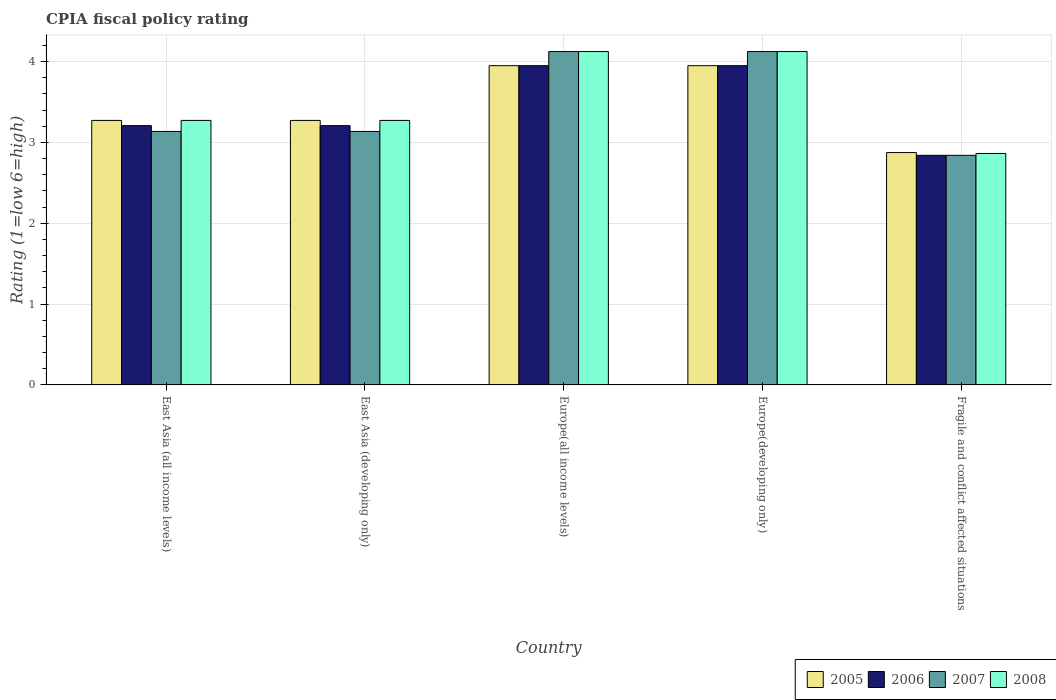
| Country | 2005 | 2006 | 2007 | 2008 |
 | --- | --- | --- | --- | --- |
 | East Asia (all income levels) | 3.27 | 3.21 | 3.14 | 3.27 |
 | East Asia (developing only) | 3.27 | 3.21 | 3.14 | 3.27 |
 | Europe(all income levels) | 3.95 | 3.95 | 4.12 | 4.12 |
 | Europe(developing only) | 3.95 | 3.95 | 4.12 | 4.12 |
 | Fragile and conflict affected situations | 2.88 | 2.84 | 2.84 | 2.86 |